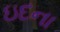
ઇદના